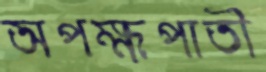
অপক্ষপাতী